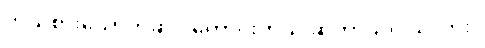
ဘယ်စားသောက်ဆိုင် ကောင်းတယ် ဆိုတာသိပါသလား။